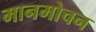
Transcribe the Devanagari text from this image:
मानमोचन